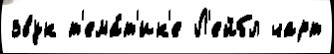
звук т'ема́т'ик'е Л'ейбл чарт